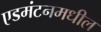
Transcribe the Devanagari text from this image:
एडमंटनमधील